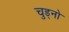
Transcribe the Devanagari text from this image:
चुड्नो